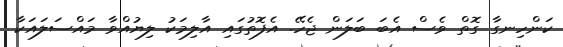
ކަންހިނގާ ގޮތް ވެސް އެބަ ބަލަން ޖެހޭ. އެފޮތުގައި އާލިމަކު ލިޔުއްވާ މައްސަލައަކާ